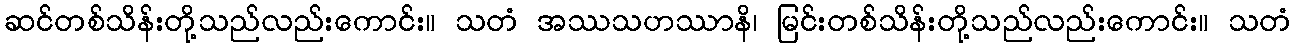
ဆင်တစ်သိန်းတို့သည်လည်းကောင်း။ သတံ အဿသဟဿာနိ၊ မြင်းတစ်သိန်းတို့သည်လည်းကောင်း။ သတံ